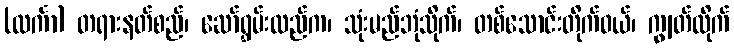
(လင်္ကာ) တရားနတ်စည်၊ ဆော်ရွှမ်းလည်က၊ သုံးမည်ဘုံသိုက်၊ တစ်သောင်းတိုက်ဝယ်၊ ကျွတ်ထိုက်